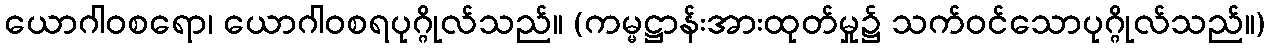
ယောဂါဝစရော၊ ယောဂါဝစရပုဂ္ဂိုလ်သည်။ (ကမ္မဋ္ဌာန်းအားထုတ်မှု၌ သက်ဝင်သောပုဂ္ဂိုလ်သည်။)